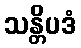
သန္တိပဒံ